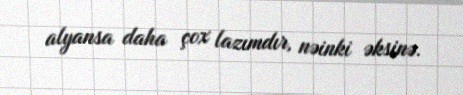
alyansa daha çox lazımdır, nəinki əksinə.